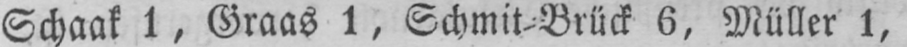
Schaak 1, Graas 1, Schmit⸗Brück 6, Müller 1,